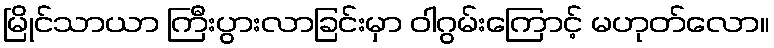
မြိုင်သာယာ ကြီးပွားလာခြင်းမှာ ဝါဂွမ်းကြောင့် မဟုတ်လော။